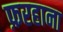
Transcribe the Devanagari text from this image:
फ़रहाना